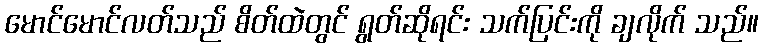
မောင်မောင်လတ်သည် စိတ်ထဲတွင် ရွတ်ဆိုရင်း သက်ပြင်းကို ချလိုက် သည်။